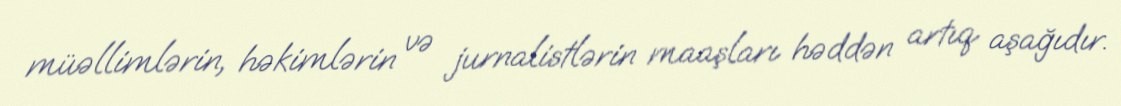
müəllimlərin, həkimlərin və jurnalistlərin maaşları həddən artıq aşağıdır.